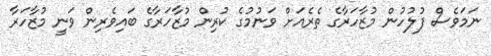
ނަމަވެސް ފުލުހުން މުޒާހަރާގެ ތެރެއަށް ވަނުމުގެ ކުރިން މުޒާހަރާގެ ބައިވެރިން ވަނީ މުޒާހަރާ